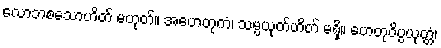
လောဘစသောဟိတ် မဟုတ်။ အဟေတုကံ၊ သမ္ပယုတ်ဟိတ် မရှိ။ ဟေတုဝိပ္ပယုတ္တံ၊